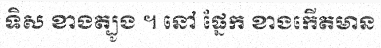
ទិស ខាងត្បូង ។ នៅ ផ្នែក ខាងកើតមាន